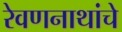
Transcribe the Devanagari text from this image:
रेवणनाथांचे